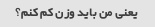
یعنی من باید وزن کم کنم؟